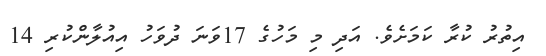
އިތުރު ކުރާ ކަމަށެވެ. އަދި މި މަހުގެ 17ވަނަ ދުވަހު އިއުލާންކުރި 14